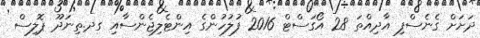
ދަށަށް ގެނެސްފި އާދިއްތަ 28 އޯގަސްޓް 2016 ފުލުހުންގެ އިންޓެލިޖެންސާއި ގދ.ތިނަދޫ ޕޮލިސް